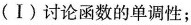
(Ⅰ) 讨论函数的单调性；